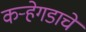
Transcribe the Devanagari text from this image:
कऱ्हेगडाचे